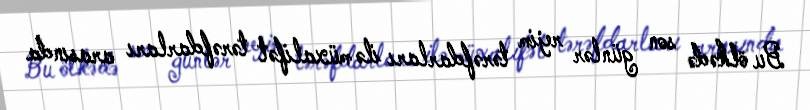
Bu ölkədə son günlər rejim tərəfdarları ilə müxalifət tərəfdarları arasında